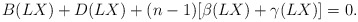
\begin{align*}B(LX)+D(LX)+(n-1)[\beta(LX)+\gamma(LX)]=0. \end{align*}